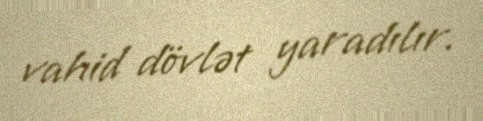
vahid dövlət yaradılır.